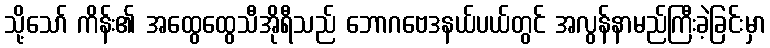
သို့သော် ကိန်း၏ အထွေထွေသီအိုရီသည် ဘောဂဗေဒနယ်ပယ်တွင် အလွန်နာမည်ကြီးခဲ့ခြင်းမှာ